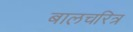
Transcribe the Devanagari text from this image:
बालचरित्र